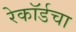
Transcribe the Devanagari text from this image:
रेकॉर्डचा